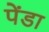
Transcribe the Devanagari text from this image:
पेंडा